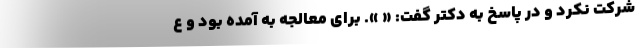
شرکت نکرد و در پاسخ به دکتر گفت: « ». برای معالجه به آمده بود و ع